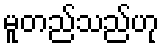
မူတည်သည်ဟု